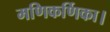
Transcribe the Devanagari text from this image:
मणिकर्णिका।